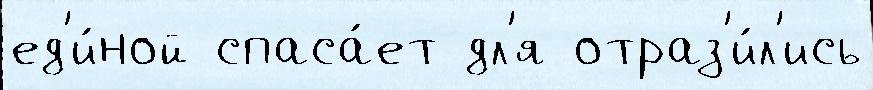
ед'и́ной спаса́ет дл'я отраз'и́л'ись